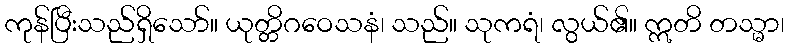
ကုန်ပြီးသည်ရှိသော်။ ယုတ္တိဂဝေသနံ၊ သည်။ သုကရံ၊ လွယ်၏။ ဣတိ တသ္မာ၊